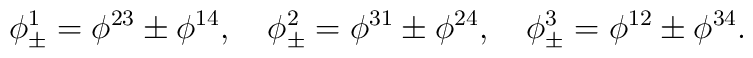
\phi _{\pm }^1=\phi ^{23}\pm \phi ^{14},\quad \phi _{\pm }^2=\phi ^{31}\pm\phi ^{24},\quad \phi _{\pm }^3=\phi ^{12}\pm \phi ^{34}.